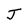
Character: J